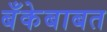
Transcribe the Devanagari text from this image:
बँकेबाबत